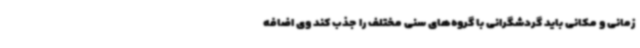
زمانی و مکانی باید گردشگرانی با گروه‌های سنی مختلف را جذب کند وی اضافه